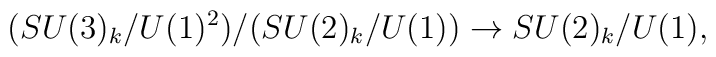
(SU(3)_{k}/U(1)^{2})/(SU(2)_{k}/U(1)) \rightarrow SU(2)_{k}/U(1),